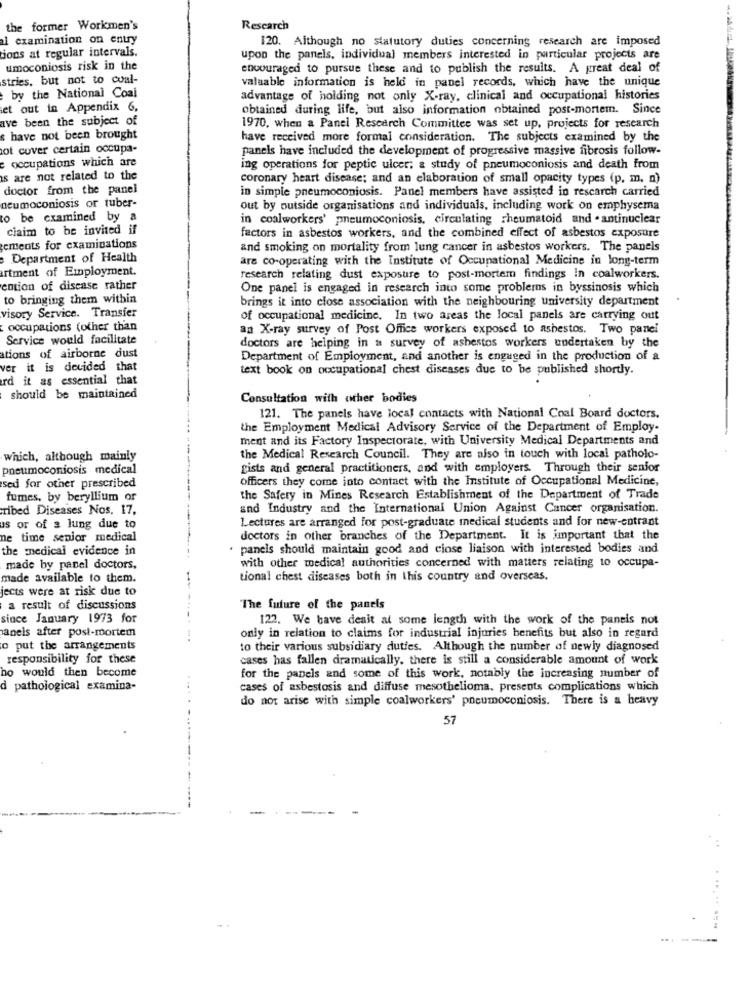
the former Workmen's
Research
l examination on entry
120. Although no statutory duties concerning research are imposed
tions at regular intervals.
upon the panels, individual members interested in particular projects are
umoconiosis risk in the
encouraged to pursue these and to publish the results. A great deal of
stries, but not to cual-
valuable information is held in panel records, which have the unique
by the National Coal
advantage of holding not only X-ray, clinical and occupational histories
et out in Appendix 6,
obtained during life, but also information obtained post-mortem. Since
ave been the subject of
1970, when a Panel Research Committee was set up, projects for research
s have not been brought
have received more formal consideration. The subjects examined by the
ot cover certain occupa-
panels have included the development of progressive massive fibrosis follow-
e occupations which are
ing operations for peptic ulcer; & study of pneumoconiosis and death from
s are not related to the
coronary heart disease; and an elaboration of small opacity types (p. m. a)
doctor from the panel
in simple pneumoconiosis. Panel members have assisted in rescarch carried
neumoconiosis or tuber-
out by outside organisations and individuals, including work on emphysema
to be examined by a
in coalworkers' pneumoconiosis, circulating rheumatoid and . antinuclear
claim to be invited if
factors in asbestos workers, and the combined effect of asbestos exposure
ements for examinations
and smoking on mortality from lung cancer in asbestos workers. The panels
Department of Health
are co-operating with the Institute of Occupational Medicine in long-term
artment of Employment.
research relating dust exposure to post-mortem findings in coalworkers.
ention of disease rather
One panel is engaged in research into some problems in byssinosis which
to bringing them within
brings it into close association with the neighbouring university department
visory Service. Transfer
of occupational medicine. In two areas the local panels are carrying out
occupations (other than
an X-ray survey of Post Office workers exposed to ashestos. Two panel
Service would facilitate
doctors are helping in a survey of ashestos workers undertaken by the
tions of airborne dust
Department of Employment, and another is engaged in the production of a
ver it is decided that
text book on occupational chest diseases due to be published shortly.
rd it as essential that
should be maintained
Consultation with other bodies
121. The panels have local contacts with National Coal Board doctors.
the Employment Medical Advisory Service of the Department of Employ-
ment and its Factory Inspectorate, with University Medical Departments and
which, although mainly
the Medical Research Council. They are also in touch with local patholo-
pneumoconiosis medical
gists and general practitioners, and with employers. Through their senior
officers they come into contact with the Institute of Occupational Medicine,
sed for other prescribed
fumes, by beryllium or
the Safety in Mines Research Establishment of the Department of Trade
ribed Diseases Nos, 17,
and Industry and the International Union Against Cancer organisation.
Lectures are arranged for post-graduate medical students and for new-cotrant
us or of s lung due to
ne time senior medical
doctors in other branches of the Department. It is important that the
the medical evidence in
. pancis should maintain good and ciose liaison with interested bodies and
made by panel doctors,
with other medical authorities concerned with matters relating to occupa-
made available to them.
tional chest diseases both in this country and overseas.
jects were at risk due to
a result of discussions
The future of the panels
since January 1973 for
122. We have deait at some length with the work of the paneis not
aneis after post-mortem
only in relation to claims for industrial injuries benefits but also in regard
o put the arrangements
to their various subsidiary duties. Although the number of newly diagnosed
responsibility for these
cases has fallen dramatically. there is still a considerable amount of work
ho would then become
for the panels and some of this work, notably the increasing number of
d pathological examina-
cases of asbestosis and diffuse mesothelioma. presents complications which
do not arise with simple coalworkers' pneumoconiosis. There is a heavy
57